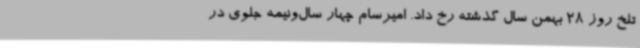
تلخ روز 28 بهمن ‌سال گذشته رخ داد. امیرسام چهار سال‌ونیمه جلوی در